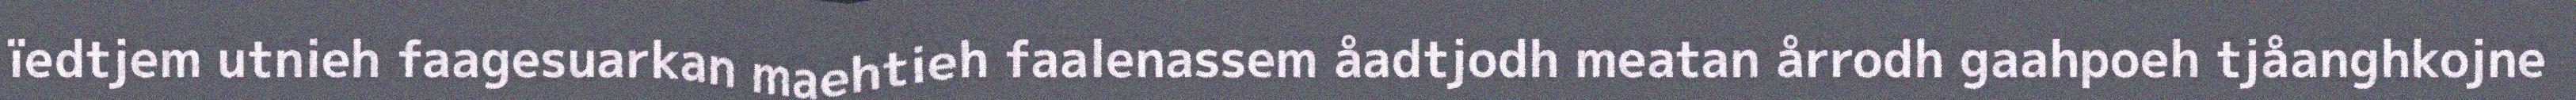
ïedtjem utnieh faagesuarkan maehtieh faalenassem åadtjodh meatan årrodh gaahpoeh tjåanghkojne